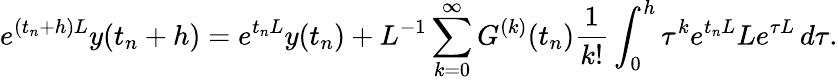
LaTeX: e^{(t_{n}+h)L}y(t_{n}+h)=e^{t_{n}L}y(t_{n})+L^{-1}\sum_{k=0}^{\infty}G^{(k)}(t_{n})\frac{1}{k!}\int_{0}^{h}\tau^{k}e^{t_{n}L}Le^{\tau L}\, d\tau.